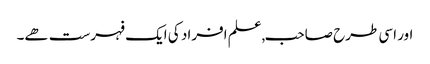
اور اسی طرح صاحب,علم افراد کی ایک فہرست ھے۔